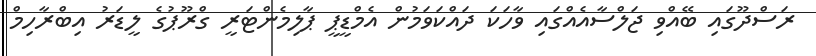
ރަސްދޫގައި ބޭއްވި ޖަލްސާއެއްގައި ވާހަކަ ދައްކަވަމުން އެމްޑީޕީ ޕާލިމެންޓަރީ ގްރޫޕުގެ ލީޑަރު އިބްރާހިމް